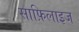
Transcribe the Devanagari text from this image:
साफ़िलाइज